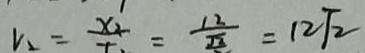
v _ { 2 } = \frac { x _ { 2 } } { t } = \frac { 1 2 } { \sqrt { 2 } } = 1 2 \sqrt { 2 }